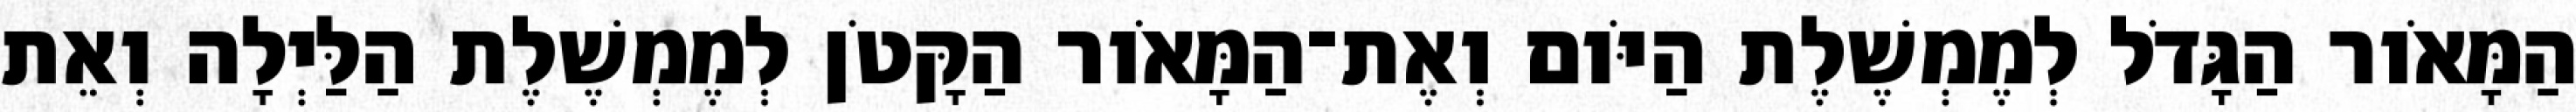
הַמָּאֹור הַגָּדֹל לְמֶמְשֶׁלֶת הַיֹּום וְאֶת־הַמָּאֹור הַקָּטֹן לְמֶמְשֶׁלֶת הַלַּיְלָה וְאֵת